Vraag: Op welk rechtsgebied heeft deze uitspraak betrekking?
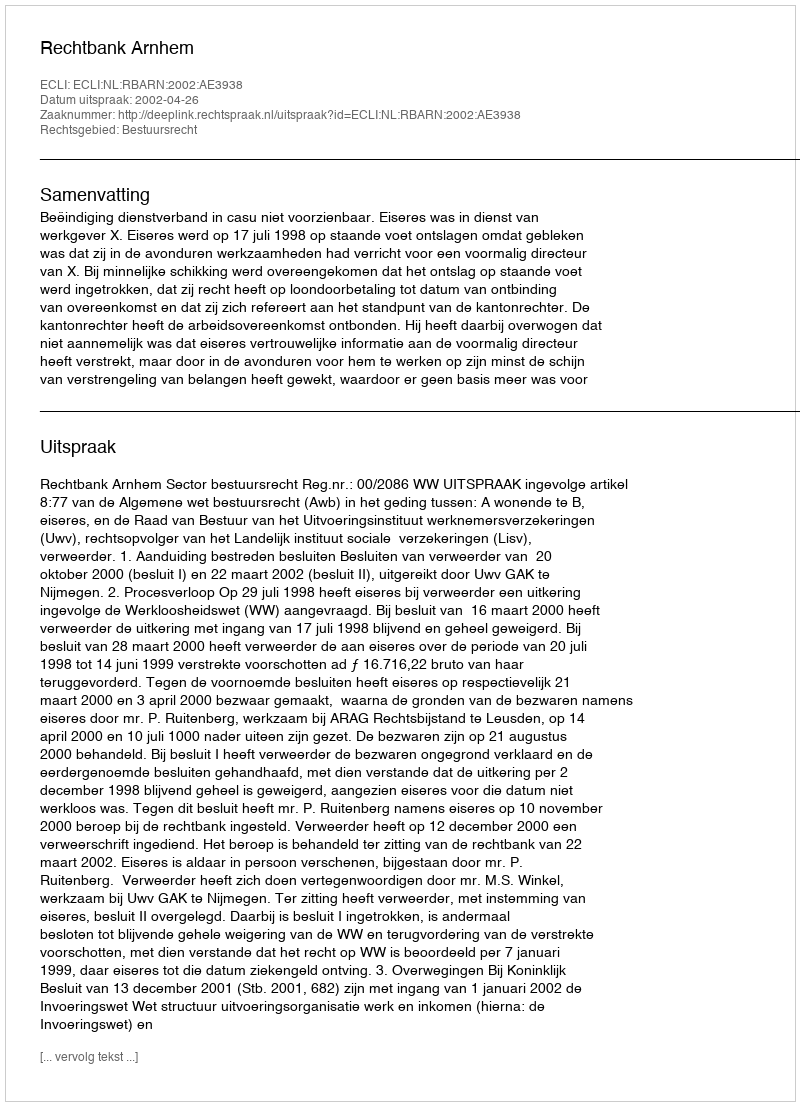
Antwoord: Bestuursrecht